Vaccination in Bombay 1924-1928 - 1924-1928
Year: 1924
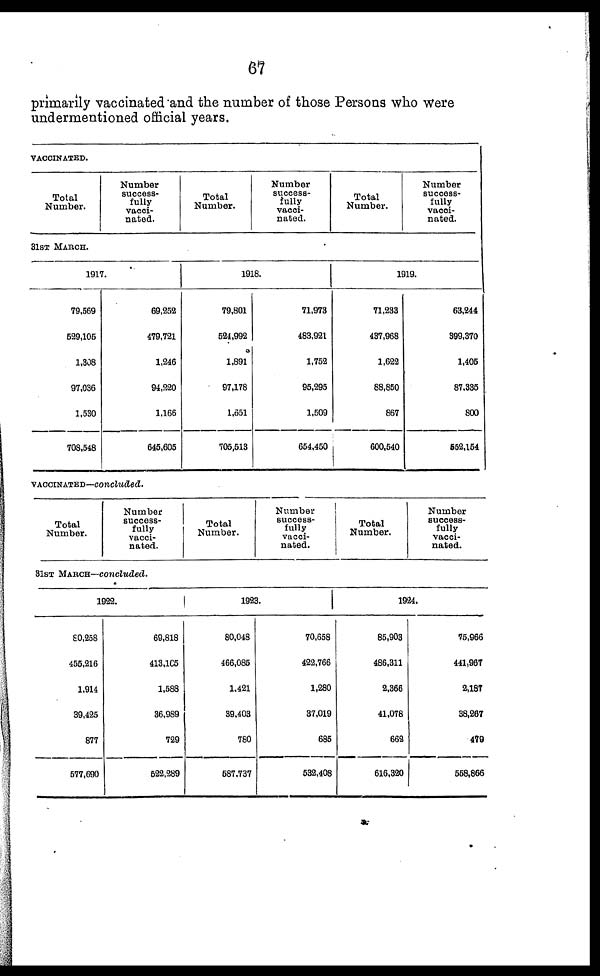
67
primarily vaccinated and the number of those Persons who were
undermentioned official years.
VACCINATED.
Total
Number.
Number
success-
fully
vacci-
nated.
Total
Number.
Number
success-
fully
vacci-
nated.
Total
Number.
Number
success-
fully
vacci-
nated.
31ST MARCH.
1917.
79,569
529,105
1,308
97,036
1,530
708,548
69,252
479,721
1,246
94,220
1,166
645,605
1918.
79,801
524,992
1,891
97,178
1,651
705,513
71,973
483,921
1,752
95,295
1,509
654,450
1919.
71,233
437,968
1,622
88,850
867
600,540
63,244
399,370
1,405
87,335
800
552,154
VACCINATED—concluded.
Total
Number.
Number
success-
fully
vacci-
nated.
Total
Number.
Number
success-
fully
vacci-
nated.
Total
Number.
Number
success-
fully
vacci-
nated.
31ST MARCH—concluded.
1922.
80,258
455,216
1,914
39,425
877
577,690
69,818
413,105
1,588
36,989
729
522,289
1923.
80,048
466,085
1,421
39,403
780
587,737
70,658
422,766
1,280
37,019
685
532,408
1924.
85,903
486,311
2,366
41,078
662
616,320
75,966
441,967
2,187
38,267
479
558,866